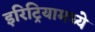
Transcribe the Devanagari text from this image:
इरिट्रियामध्ये